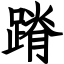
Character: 蹐